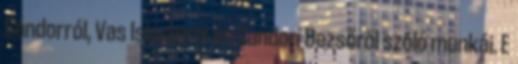
Sándorról, Vas Istvánról és Tandori Dezsőről szóló munkái. E